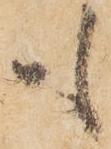
も